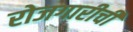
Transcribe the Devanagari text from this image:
रोजगारीची